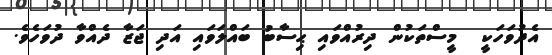
އެދުވަހަކީ  މީސްތަކުން ދިރުއްވައި ޙިސާބު ބައްލަވައި އަދި ޖަޒާ ދެއްވާ ދުވަހެވެ.